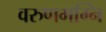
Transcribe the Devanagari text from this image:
वरुणमग्नि